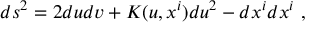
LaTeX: d s ^ { 2 } = 2 d u d v + K ( u , x ^ { i } ) d u ^ { 2 } - d x ^ { i } d x ^ { i } \ ,